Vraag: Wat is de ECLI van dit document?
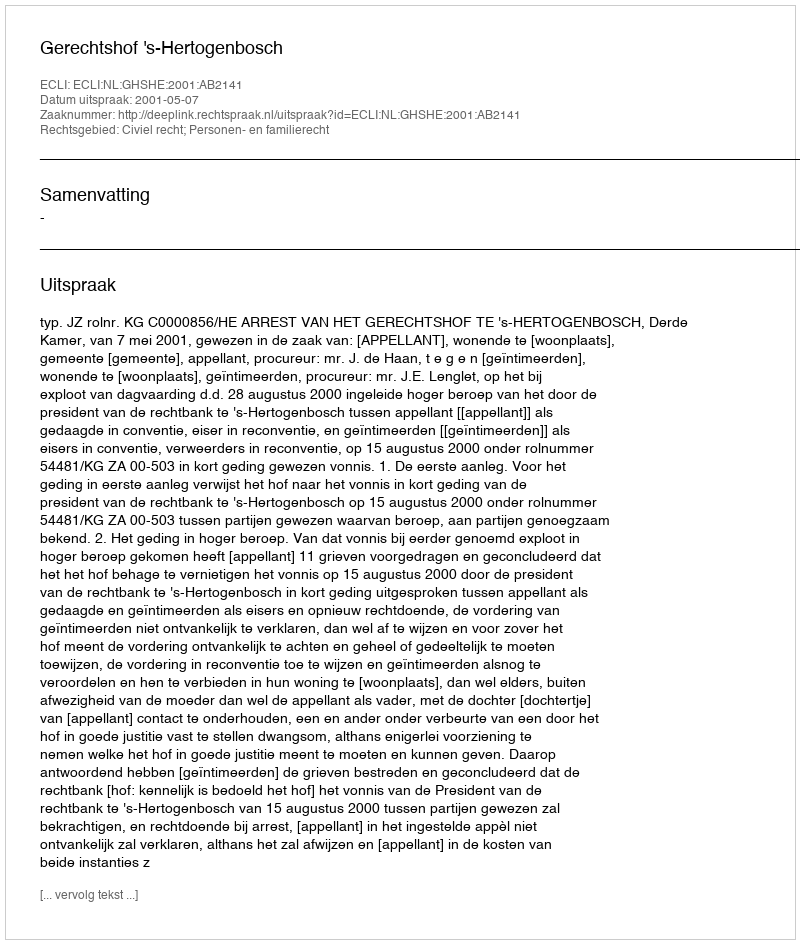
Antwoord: ECLI:NL:GHSHE:2001:AB2141